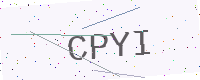
Text: CPYI